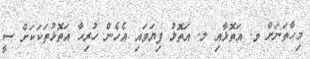
މިހާތަނަށް ވ. އަތޮޅާއި ލ. އަތޮޅު ފިޔަވައި އެހެން ހުރިހާ އަތޮޅުތަކަކަށް ސީ